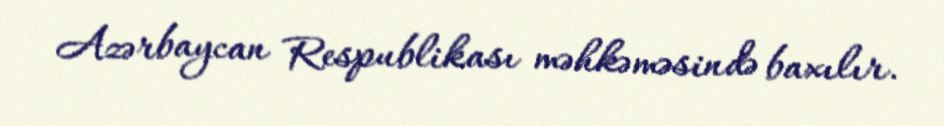
Azərbaycan Respublikası məhkəməsində baxılır.